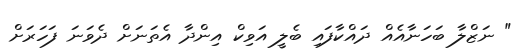
" ނަޒްލާ ބަހަނާއެއް ދައްކާފައި ބެލީ އަވިކް އިންދާ އެތަނަށް ދެވަނަ ފަހަރަށް